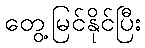
တွေ့မြင်နိုင်ပြီး